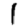
Digit: 1